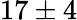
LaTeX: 17\pm 4